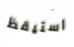
استيقظ